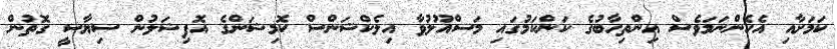
ކަމަށާއި އެހެންނަމަވެސް އިންތިހާބުގެ ކަންކަމުގައި މަސްއޫލުވާ އިލެކްޝަންސް ކޮމިޝަންގެ އޮފިޝަލުން ސިޔާސީ ގޮތުން